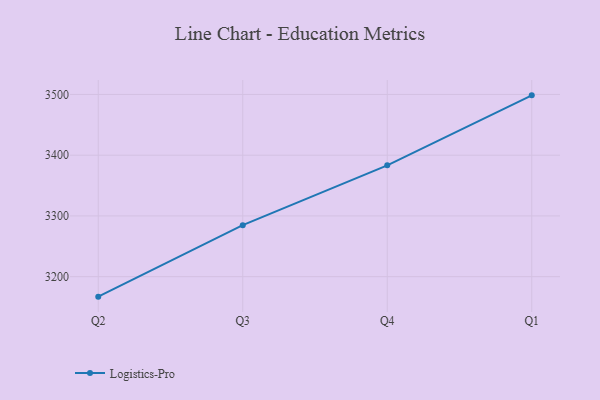
{"axis": {"x": "Quarter", "y": "Gross Profit (USD K)"}, "legend": ["Logistics-Pro"], "data": [{"x": "Q2", "y": 3167.1, "type": "Logistics-Pro"}, {"x": "Q3", "y": 3284.8, "type": "Logistics-Pro"}, {"x": "Q4", "y": 3383.3, "type": "Logistics-Pro"}, {"x": "Q1", "y": 3498.5, "type": "Logistics-Pro"}]}